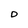
Character: D